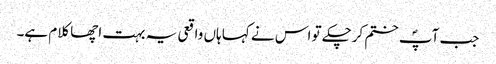
جب آپؐ ختم کرچکے تو اس نے کہا ہاں واقعی یہ بہت اچھا کلام ہے۔